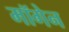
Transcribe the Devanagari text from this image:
मॉगेन